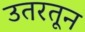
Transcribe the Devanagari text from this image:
उतरतून